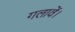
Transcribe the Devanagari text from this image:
गलावें।